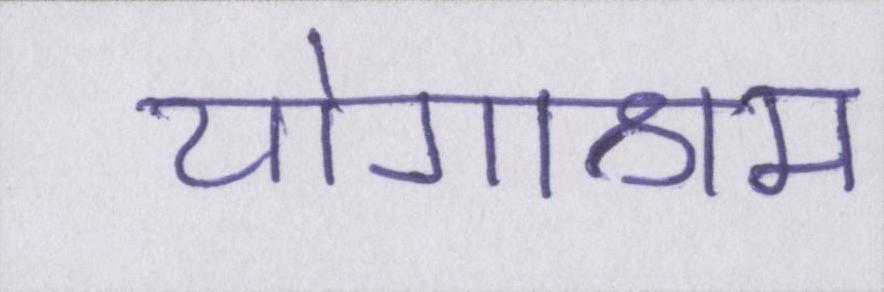
योगाश्रम